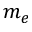
m _ { e }